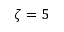
\zeta = 5